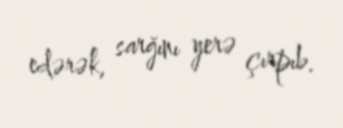
edərək, sarğını yerə çırpıb.